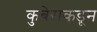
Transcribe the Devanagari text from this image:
कुबेराकडून